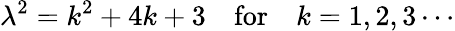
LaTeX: \lambda^{2}=k^{2}+4k+3\quad\mathrm{for}\quad k=1,2,3\cdots